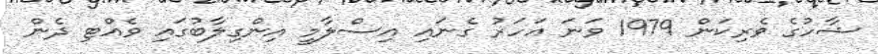
ޝާހުގެ ވެރިކަން 1979 ވަނަ އަހަރު ގެނައި އިސްލާމީ އިންގިލާބުގައި ވެއްޓި ދެން